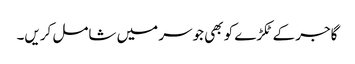
گاجر کے ٹکڑے کو بھی جوسر میں شامل کریں۔